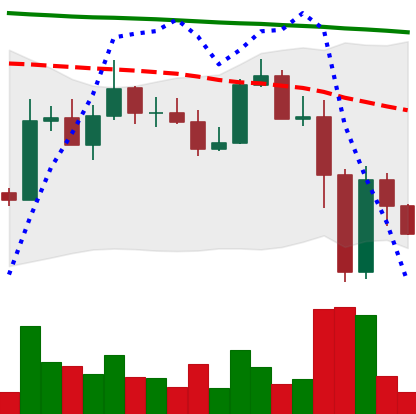
Ticker: ADA-USD
Chart end date: 2022-11-12
Forward return: -4.212%
Label: down_3_5